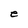
Character: e